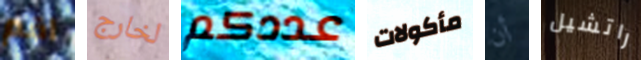
اقم لخارج عددكم مأكولات أن راتشيل